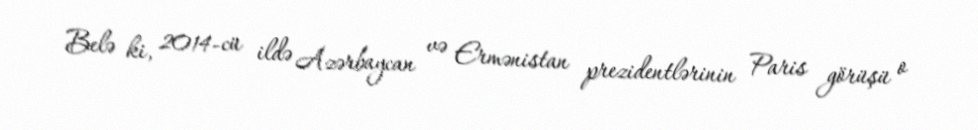
Belə ki, 2014-cü ildə Azərbaycan və Ermənistan prezidentlərinin Paris görüşü o